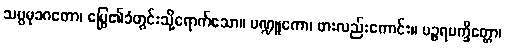
သပ္ပမုခဂတော၊ မြွေ၏ခံတွင်းသို့ရောက်သော။ မဏ္ဍူကော၊ ဖားလည်းကောင်း။ ပဉ္ဇရပက္ခိတ္တော၊